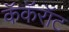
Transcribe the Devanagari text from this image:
कॅकॅरॉट